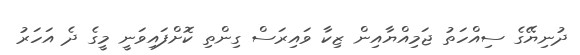
ދުނިޔޭގެ ސިއްހަތު ޖަމިއްޔާއިން ޒިކާ ވައިރަސް ގިންތި ކޮށްފައިވަނީ މީގެ ދެ އަހަރު